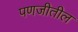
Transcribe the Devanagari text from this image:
पणजीतील